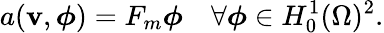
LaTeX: a(\mathbf{v},\boldsymbol{\phi})=F_{m}\boldsymbol{\phi}\quad\forall\boldsymbol{\phi}\in H_{0}^{1}(\Omega)^{2}.